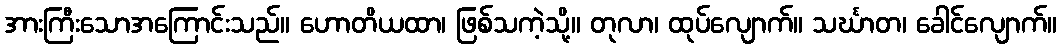
အားကြီးသောအကြောင်းသည်။ ဟောတိယထာ၊ ဖြစ်သကဲ့သို့။ တုလာ၊ ထုပ်လျောက်။ သင်္ဃာတ၊ ခေါင်လျောက်။